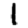
Digit: 1